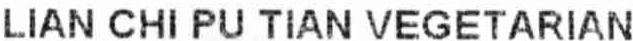
LIAN CHI PU TIAN VEGETARIAN